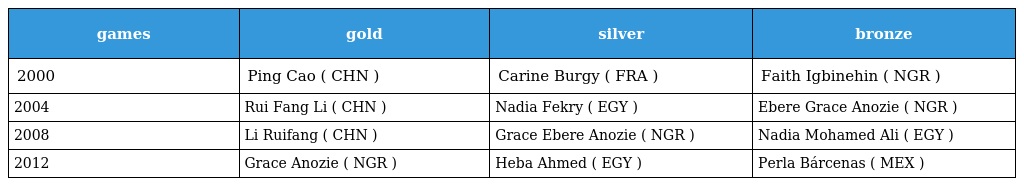
| games | gold | silver | bronze |
 | --- | --- | --- | --- |
 | 2000 | Ping Cao ( CHN ) | Carine Burgy ( FRA ) | Faith Igbinehin ( NGR ) |
 | 2004 | Rui Fang Li ( CHN ) | Nadia Fekry ( EGY ) | Ebere Grace Anozie ( NGR ) |
 | 2008 | Li Ruifang ( CHN ) | Grace Ebere Anozie ( NGR ) | Nadia Mohamed Ali ( EGY ) |
 | 2012 | Grace Anozie ( NGR ) | Heba Ahmed ( EGY ) | Perla Bárcenas ( MEX ) |